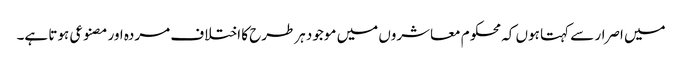
میں اصرار سے کہتا ہوں کہ محکوم معاشروں میں موجود ہرطرح کا اختلاف مردہ اور مصنوعی ہوتا ہے۔